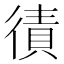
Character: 㣱